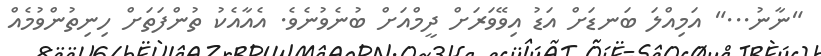
"ނާނު..." އަމިއްލަ ބަނޑަށް އަޑު އިވޭވަރަށް ދީމްއަށް ބުނެވުނެވެ. އެއާއެކު ތުންފަތަށް ހިނިތުންވުމެއް